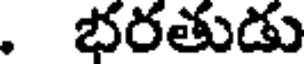
. భరతుడు